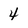
Character: 4